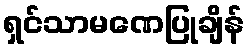
ရှင်သာမဏေပြုချိန်